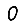
Digit: 0